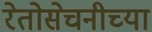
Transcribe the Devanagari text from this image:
रेतोसेचनीच्या